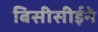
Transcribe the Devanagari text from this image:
बिसीसीईने